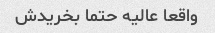
واقعا عالیه حتما بخریدش